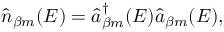
\hat { n } _ { \beta m } ( E ) = \hat { a } _ { \beta m } ^ { \dagger } ( E ) \hat { a } _ { \beta m } ( E ) ,